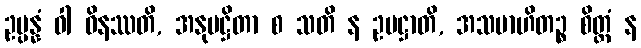
ဥပ္ပန္နံ ဝါ ဝိနဿတိ, အနုပဋ္ဌိတာ စ သတိ န ဥပဋ္ဌာတိ, အသမာဟိတဉ္စ စိတ္တံ န